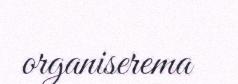
organiserema